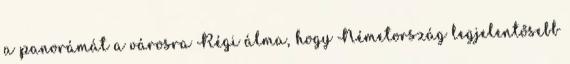
a panorámát a városra Régi álma, hogy Németország legjelentősebb